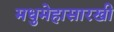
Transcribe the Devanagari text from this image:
मधुमेहासारखी